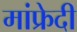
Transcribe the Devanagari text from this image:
मांफ्रेदी